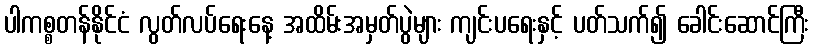
ပါကစ္စတန်နိုင်ငံ လွတ်လပ်ရေးနေ့ အထိမ်းအမှတ်ပွဲများ ကျင်းပရေးနှင့် ပတ်သက်၍ ခေါင်းဆောင်ကြီး